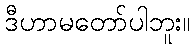
ဒီဟာမတော်ပါဘူး။